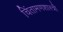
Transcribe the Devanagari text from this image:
चिंतामणशास्त्री